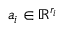
\boldsymbol { a } _ { i } \in \mathbb { R } ^ { r _ { i } }